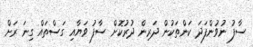
ސާފު ނުވުންފަދަ ކަންތަކުން ދަރިން ދުރުކޮށް ސާފު ވަޔާއި ގަސްތައް ގިނަ ރަށް